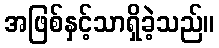
အဖြစ်နှင့်သာရှိခဲ့သည်။